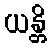
ယန္တိ